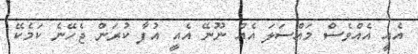
އެއީ އެއްވެސް މައްސަލަ އެއް ނޫނޭ އެއީ އުފާ ކުރަން ޖެހޭނެ ކަމެކޭ